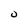
Character: u